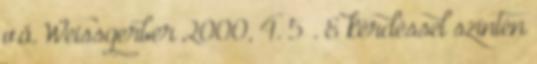
v.ö. Weissgerber 2000, 4. 5 . E kérdéssel szintén